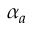
\alpha _ { a }